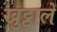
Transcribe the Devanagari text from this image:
खुट्टाले